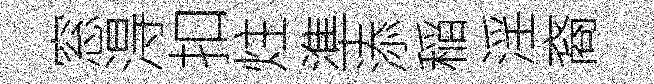
窓淂扣炷準添稲淫裔